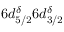
6 d _ { 5 / 2 } ^ { \delta } 6 d _ { 3 / 2 } ^ { \delta }